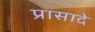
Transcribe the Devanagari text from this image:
प्रासादे